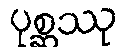
ပုစ္ဆဿု